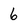
Character: 6